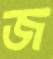
জ